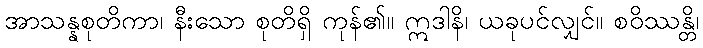
အာသန္နစုတိကာ၊ နီးသော စုတိရှိ ကုန်၏။ ဣဒါနိ၊ ယခုပင်လျှင်။ စဝိဿန္တိ၊